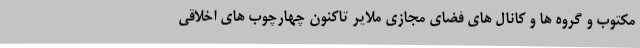
مکتوب و گروه ها و کانال های فضای مجازی ملایر تاکنون چهارچوب های اخلاقی